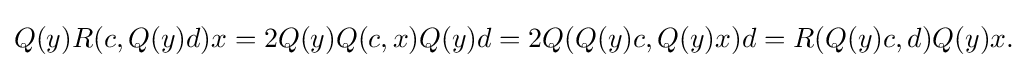
\displaystyle {Q(y)R(c,Q(y)d)x=2Q(y)Q(c,x)Q(y)d=2Q(Q(y)c,Q(y)x)d=R(Q(y)c,d)Q(y)x.}